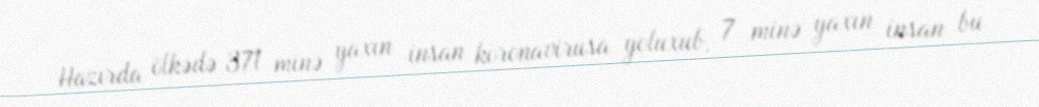
Hazırda ölkədə 371 minə yaxın insan koronavirusa yoluxub, 7 minə yaxın insan bu